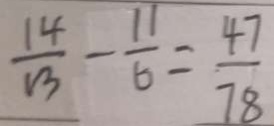
\frac { 1 4 } { 1 3 } - \frac { 1 1 } { 6 } = \frac { 4 7 } { 7 8 }